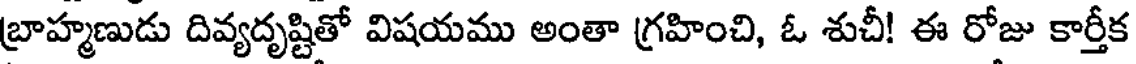
బ్రాహ్మణుడు దివ్యదృష్టితో విషయము అంతా గ్రహించి, ఓ శుచీ! ఈ రోజు కార్తీక